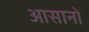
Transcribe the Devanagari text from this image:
आसानों